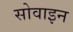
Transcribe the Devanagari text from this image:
सोवाइन